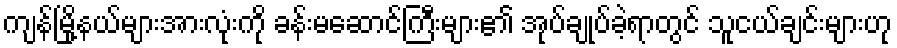
ကျန်မြို့နယ်များအားလုံးကို ခန်းမဆောင်ကြီးများ၏ အုပ်ချုပ်ခဲ့ရာတွင် သူငယ်ချင်းများဟု